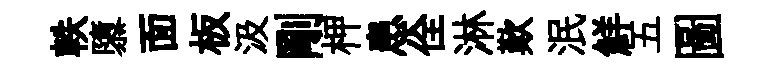
軼隳面板汲剛柙患佺淋歎泯鮮五圖